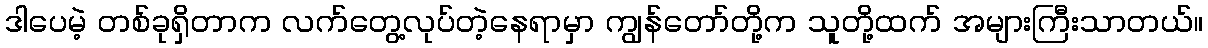
ဒါပေမဲ့ တစ်ခုရှိတာက လက်တွေ့လုပ်တဲ့နေရာမှာ ကျွန်တော်တို့က သူတို့ထက် အများကြီးသာတယ်။